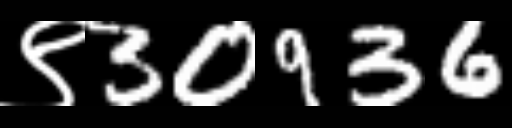
Text: ९30936